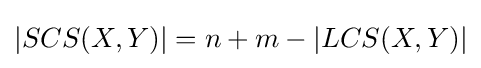
\left|SCS(X,Y)\right|=n+m-\left|LCS(X,Y)\right|